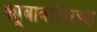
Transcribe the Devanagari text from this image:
क्यूबाबरोबरच्या